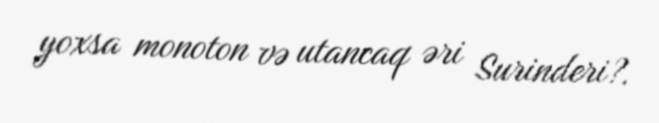
yoxsa monoton və utancaq əri Surinderi?.